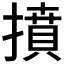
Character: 𢴢